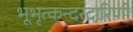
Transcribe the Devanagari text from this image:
भूभृत्कन्दरदारिणी